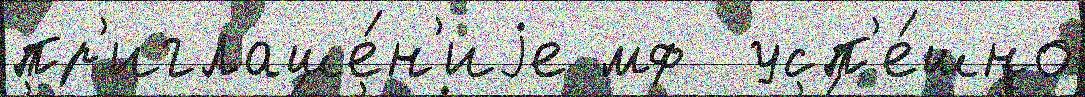
пр'иглаше́н'иjе мф  усп'е́шно